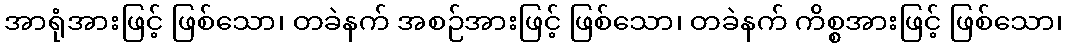
အာရုံအားဖြင့် ဖြစ်သော၊ တခဲနက် အစဉ်အားဖြင့် ဖြစ်သော၊ တခဲနက် ကိစ္စအားဖြင့် ဖြစ်သော၊